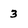
Character: 3